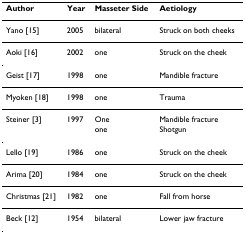
<table><thead><tr><td><b>Author</b></td><td><b>Year</b></td><td><b>Masseter Side</b></td><td><b>Aetiology</b></td></tr></thead><tbody><tr><td>Yano [15]</td><td>2005</td><td>bilateral</td><td>Struck on both cheeks</td></tr><tr><td>Aoki [16]</td><td>2002</td><td>one</td><td>Struck on the cheek</td></tr><tr><td>Geist [17]</td><td>1998</td><td>one</td><td>Mandible fracture</td></tr><tr><td>Myoken [18]</td><td>1998</td><td>one</td><td>Trauma</td></tr><tr><td>Steiner [3]</td><td>1997</td><td>One</td><td>Mandible fracture</td></tr><tr><td></td><td></td><td>one</td><td>Shotgun</td></tr><tr><td>Lello [19]</td><td>1986</td><td>one</td><td>Struck on the cheek</td></tr><tr><td>Arima [20]</td><td>1984</td><td>one</td><td>Struck on the cheek</td></tr><tr><td>Christmas [21]</td><td>1982</td><td>one</td><td>Fall from horse</td></tr><tr><td>Beck [12]</td><td>1954</td><td>bilateral</td><td>Lower jaw fracture</td></tr></tbody></table>